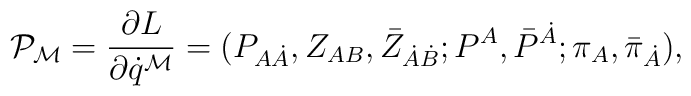
{\cal P}_{{\cal M}} = { \partial L \over \partial \dot{q}^{{\cal M}} }= (P_{A\dot{A}}, Z_{AB},\bar{Z}_{\dot{A}\dot{B}};  P^A, \bar{P}^{\dot{A}};\pi_{A}, \bar{\pi}_{\dot{A}}) ,